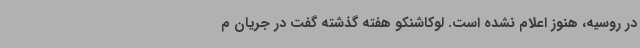
در روسیه، هنوز اعلام نشده است. لوکاشنکو هفته گذشته گفت در جریان م